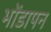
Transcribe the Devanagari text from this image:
भोंडापन